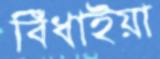
বিঁধাইয়া